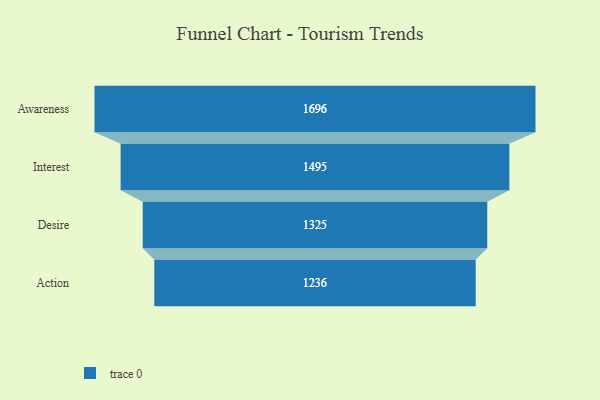
{"axis": {"x": "Stage", "y": "Value"}, "legend": [""], "data": [{"x": "Awareness", "y": 1696.0, "type": ""}, {"x": "Interest", "y": 1495.0, "type": ""}, {"x": "Desire", "y": 1325.0, "type": ""}, {"x": "Action", "y": 1236.0, "type": ""}]}